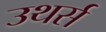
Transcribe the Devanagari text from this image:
उथर्स